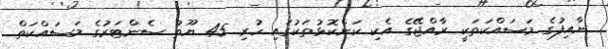
ނާއިފުގެ މަސައްކަތަކީ ރާއްޖޭގެ އެކި ކަންކޮޅުތަކުގައި ހުރި 45 ޔޫތު ސެންޓަރުގެ މަސައްކަތް